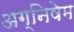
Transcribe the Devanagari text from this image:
अग्निषेम